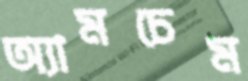
অ্যামচেম